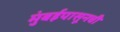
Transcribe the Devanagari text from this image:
मुंबईपासूनची